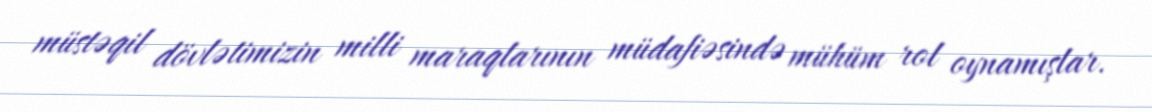
müstəqil dövlətimizin milli maraqlarının müdafiəsində mühüm rol oynamışlar.